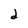
Character: 2